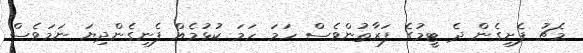
މެޗު ފެށިގެން ދެ ޓީމުގެ ފަރާތުންވެސް ހަމަ ހަމަ ކުޅުމެއް ފެނިގެންދިޔަ ނަމަވެސް